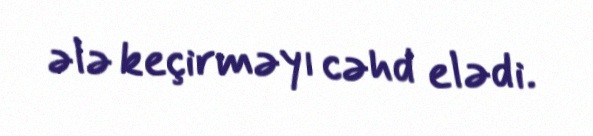
ələ keçirməyı cəhd elədi.